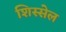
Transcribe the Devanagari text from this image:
शिस्सेल